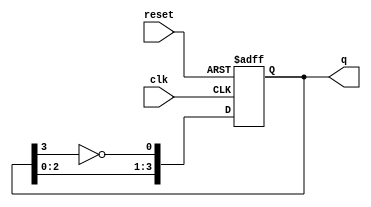
module johnson_counter (
    input wire clk,        // Clock input
    input wire reset,      // Asynchronous reset
    output reg [3:0] q     // 4-bit output
);

// Always block for sequential logic
always @(posedge clk or posedge reset) begin
    if (reset) begin
        // Asynchronous reset: Set output to 0000
        q <= 4'b0000;
    end else begin
        // Johnson counter logic
        q[0] <= ~q[3]; // D0 = ~Q3
        q[1] <= q[0];  // D1 = Q0
        q[2] <= q[1];  // D2 = Q1
        q[3] <= q[2];  // D3 = Q2
    end
end

endmodule